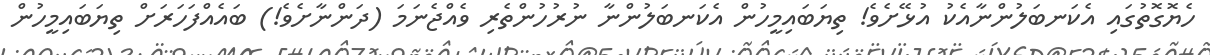
ހެޔޮގޮތުގައި އެކަނބަލުންނާއެކު އުޅޭށެވެ! ތިޔަބައިމީހުން އެކަނބަލުންނާ ނުރުހުންތެރި ވެއްޖެނަމަ (ދަންނާށެވެ!) ބައެއްފަހަރަށް ތިޔަބައިމީހުން